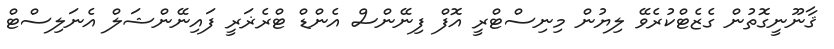
ޤާނޫނީގޮތުން ގެޒެޓްކުރެވޭ ލިޔުން މިނިސްޓްރީ އޮފް ފިނޭންސް އެންޑް ޓްރެޜަރީ ފައިނޭންޝަލް އެނަލިސްޓް